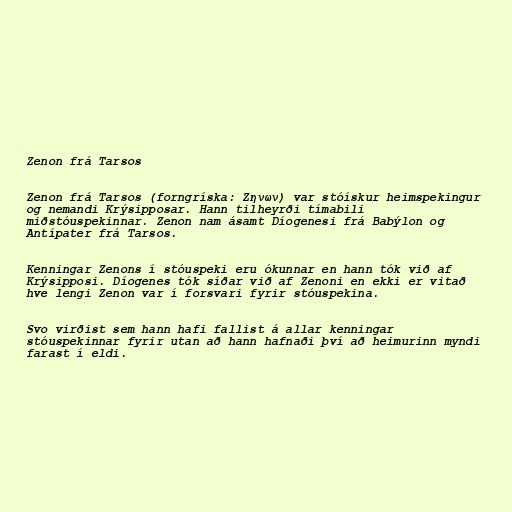
Zenon frá Tarsos

Zenon frá Tarsos (forngríska: Ζηνων) var stóískur heimspekingur
og nemandi Krýsipposar. Hann tilheyrði tímabili
miðstóuspekinnar. Zenon nam ásamt Díogenesi frá Babýlon og
Antípater frá Tarsos.

Kenningar Zenons í stóuspeki eru ókunnar en hann tók við af
Krýsipposi. Díogenes tók síðar við af Zenoni en ekki er vitað
hve lengi Zenon var í forsvari fyrir stóuspekina.

Svo virðist sem hann hafi fallist á allar kenningar
stóuspekinnar fyrir utan að hann hafnaði því að heimurinn myndi
farast í eldi.